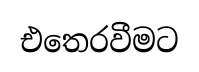
එතෙරවීමට